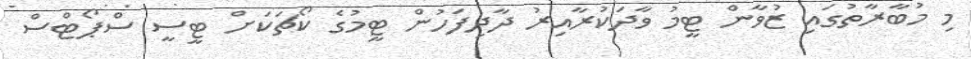
މި މުބާރާތުގައި ޒުވާން ޓީމު ވާދަކުރާއިރު ދާދިފަހުން ޓީމުގެ ކޯޗަކަށް ޓީސީ ސްޕޯޓްސް